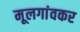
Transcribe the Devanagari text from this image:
मूलगांवकर